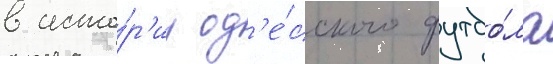
в исто́р'ии од'е́сского футбо́ла